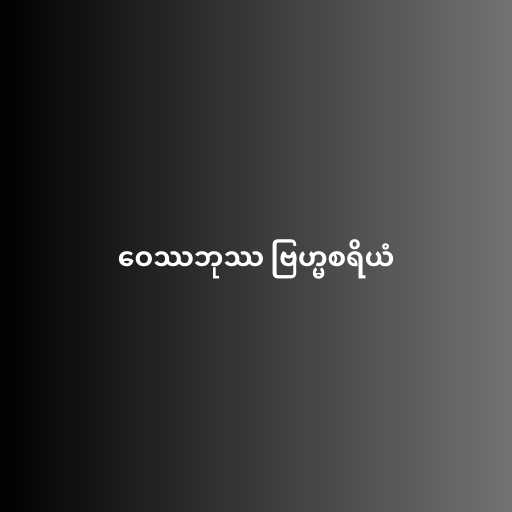
ဝေဿဘုဿ ဗြဟ္မစရိယံ